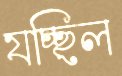
যচ্ছিল